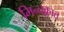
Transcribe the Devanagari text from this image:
मिन्तक़ात